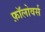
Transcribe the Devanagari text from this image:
फ़ॉलोवर्स